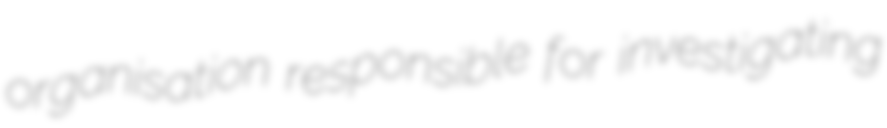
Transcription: organisation responsible for investigating